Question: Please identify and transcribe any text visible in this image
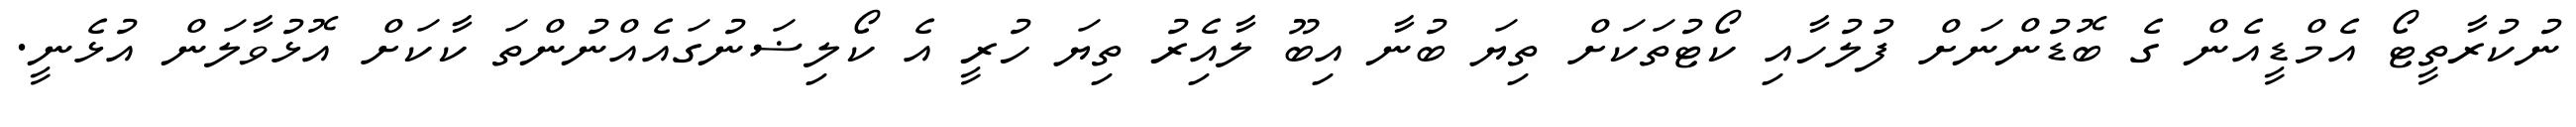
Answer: ނުކުރާތީޓޯ އެމްޑީއެން ގެ ބޮޑުންނަށް ފުލުހާއި ކޯޓުތަކަށް ތިޔަ ބުނާ އިބޫ ލާއެިރު ތިޔަ ހުރީ އެ ކޯލިޟަނުގައެއްނުންތަ ކާކަށް އޮޅުވާލަން އުޅެނީ.